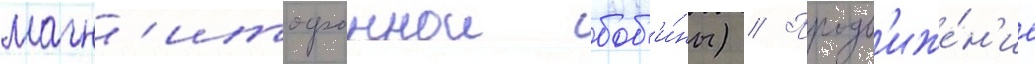
магн'итофоннои боб'и́ны) // Продв'иже́н'ие